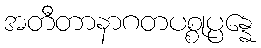
အတီတာနာဂတပစ္စုပ္ပန္နေ